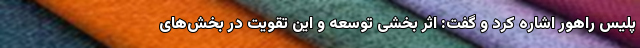
پلیس راهور اشاره کرد و گفت: اثر بخشی توسعه و این تقویت در بخش‌های